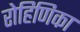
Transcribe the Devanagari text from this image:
रोहिणिका